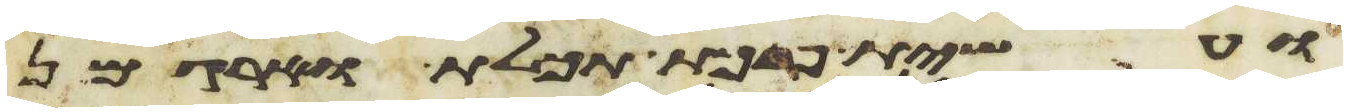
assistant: ועשית פרכת תכלת וארגמן